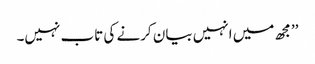
’’مجھ میں انہیں بیان کرنے کی تاب نہیں۔